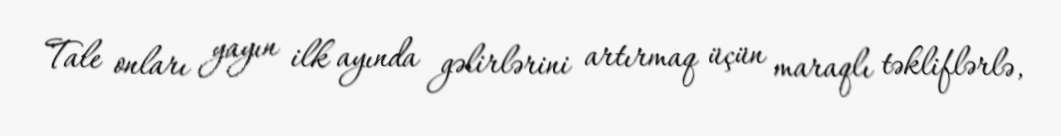
Tale onları yayın ilk ayında gəlirlərini artırmaq üçün maraqlı təkliflərlə,